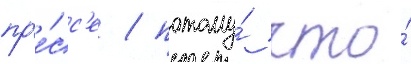
пр'е́сс'е / потому́ что́